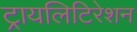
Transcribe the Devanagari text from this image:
ट्रायलिटिरेशन